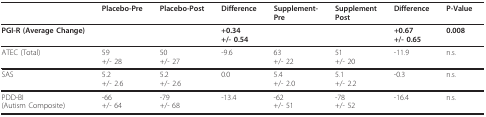
<table><thead><tr><td></td><td><b>Placebo-Pre</b></td><td><b>Placebo-Post</b></td><td><b>Difference</b></td><td><b>Supplement-Pre</b></td><td><b>SupplementPost</b></td><td><b>Difference</b></td><td><b>P-Value</b></td></tr></thead><tbody><tr><td><b>PGI-R (Average Change)</b></td><td></td><td></td><td><b>+0.34</b><b>+/- 0.54</b></td><td></td><td></td><td><b>+0.67</b><b>+/- 0.65</b></td><td><b>0.008</b></td></tr><tr><td>ATEC (Total)</td><td>59+/- 28</td><td>50+/- 27</td><td>-9.6</td><td>63+/- 22</td><td>51+/- 20</td><td>-11.9</td><td>n.s.</td></tr><tr><td>SAS</td><td>5.2+/- 2.6</td><td>5.2+/- 2.6</td><td>0.0</td><td>5.4+/- 2.0</td><td>5.1+/- 2.2</td><td>-0.3</td><td>n.s.</td></tr><tr><td>PDD-BI(Autism Composite)</td><td>-66+/- 64</td><td>-79+/- 68</td><td>-13.4</td><td>-62+/- 51</td><td>-78+/- 52</td><td>-16.4</td><td>n.s.</td></tr></tbody></table>